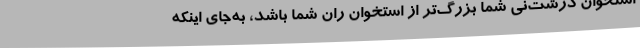
استخوان درشت‌نی شما بزرگ‌تر از استخوان ران شما باشد، به‌جای اینکه